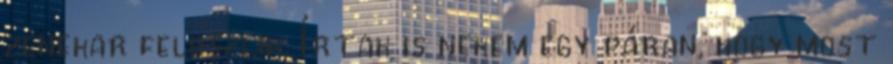
zenekar feloszlik. Írtak is nekem egy páran, hogy most